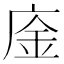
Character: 𢉅